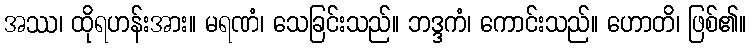
အဿ၊ ထိုရဟန်းအား။ မရဏံ၊ သေခြင်းသည်။ ဘဒ္ဒကံ၊ ကောင်းသည်။ ဟောတိ၊ ဖြစ်၏။